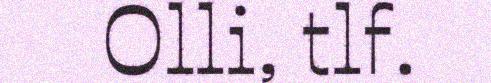
Olli, tlf.